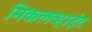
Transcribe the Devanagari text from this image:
मिकलव्हाईट